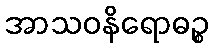
အာသဝနိရောဓဉ္စ